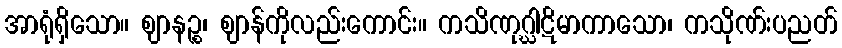
အာရုံရှိသော။ ဈာနဉ္စ၊ ဈာန်ကိုလည်းကောင်း။ ကသိဏုဂ္ဃါဋိမာကာသော၊ ကသိုဏ်းပညတ်